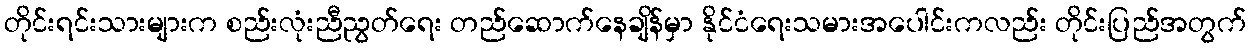
တိုင်းရင်းသားများက စည်းလုံးညီညွတ်ရေး တည်ဆောက်နေချိန်မှာ နိုင်ငံရေးသမားအပေါင်းကလည်း တိုင်းပြည်အတွက်